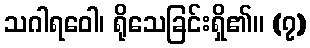
သဂါရဝေါ၊ ရိုသေခြင်းရှိ၏။ (၇)